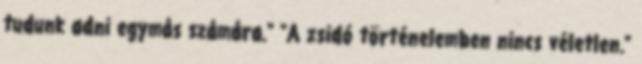
tudunk adni egymás számára." "A zsidó történelemben nincs véletlen."